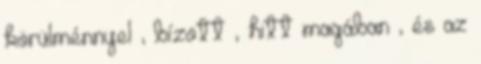
körülménnyel , bízott , hitt magában , és az